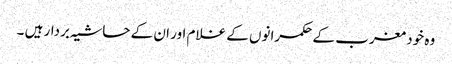
وہ خود مغرب کے حکمرانوں کے غلام اور ان کے حاشیہ بردار ہیں ۔